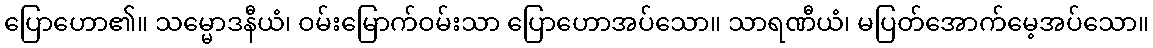
ပြောဟော၏။ သမ္မောဒနီယံ၊ ဝမ်းမြောက်ဝမ်းသာ ပြောဟောအပ်သော။ သာရဏီယံ၊ မပြတ်အောက်မေ့အပ်သော။